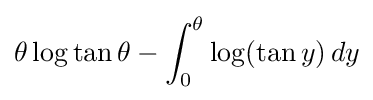
\theta \log \tan \theta -\int _{0}^{\theta }\log(\tan y)\,dy